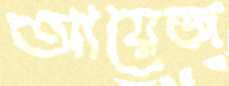
আয়েজ